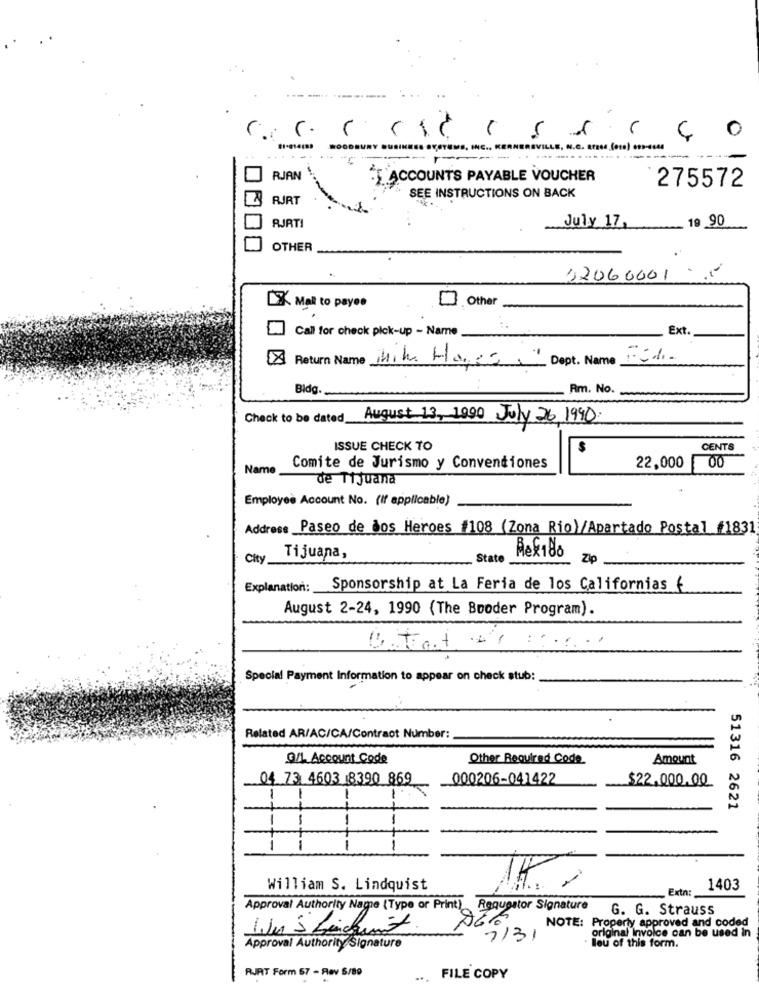
0
RJAN
ACCOUNTS PAYABLE VOUCHER
275572
RURT
SEE INSTRUCTIONS ON BACK
19 90
RJRTI
July 17,
OTHER
12060001
Other
X Mail to payes
Call for check pick-up - Name
Ext.
Return Name Mike Hare= Dept. Name 15%-
Bldg.
Rim. No.
Check to be dated August 13, 1990 July 26, 1990
ISSUE CHECK TO
CENTS
Name
Comite de Jurismo y Conventiones
22,000 00
de Tijuand
Employeè Account No. (If applicable)
Address _Paseo de dos Heroes #108 (Zona Rio)/Apartado Postal #1831
City
Tijuana,
State
Zip
Explanation:
Sponsorship at La Feria de los Californias €
August 2-24, 1990 (The Booder Program).
Special Payment Information to appear on check stub:
Related AR/AC/CA/Contract Number:
Q/L Account Code
Other Required Code
Amount
04 73 4603 8390 869
000206-041422
$22.000.00
--
51316 2621
-
-
-
-----
1-
William S. Lindquist
Extn:
1403
Approval Authority Name (Type or Print) Requestor Signature
G. G. Strauss
NOTE: Properly approved and coded
original invoice can be used in
7/31
Approval Authority Signature
lou of this form.
RJAT Form 57 - Rev 5/89
... FILE COPY